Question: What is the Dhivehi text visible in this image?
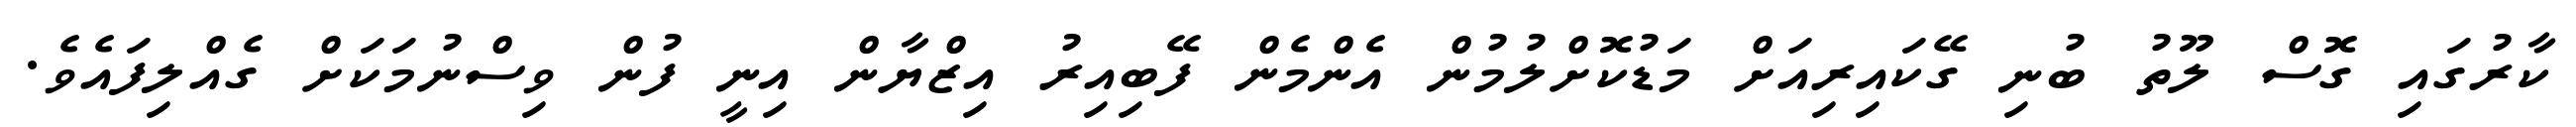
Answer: ކާރުގައި ގޮސް ލޫތު ބުނި ގޭކައިރިއަށް މަޑުކޮށްލުމުން އެންމެން ފޭބިއިރު އިޒްޔާން އިނީ ފުން ވިސްނުމަކަށް ގެއްލިފައެވެ.